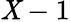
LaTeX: \mathit{X}-1